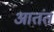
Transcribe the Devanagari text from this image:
आतंत